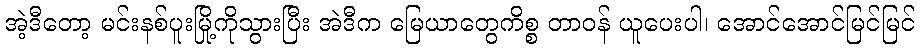
အဲ့ဒီတော့ မင်းနစ်ပူးမြို့ကိုသွားပြီး အဲဒီက မြေယာတွေကိစ္စ တာဝန် ယူပေးပါ၊ အောင်အောင်မြင်မြင်